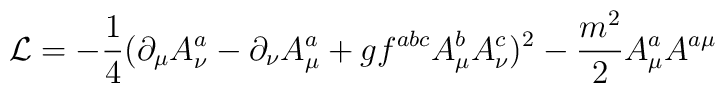
{\cal L}= -\frac{1}{4}(\partial_{\mu}A_{\nu}^{a}-\partial_{\nu}A_{\mu}^{a}+gf^{abc}A_{\mu}^{b}A_{\nu}^{c})^{2}-\frac{m^{2}}{2}A_{\mu}^{a}A^{a\mu}